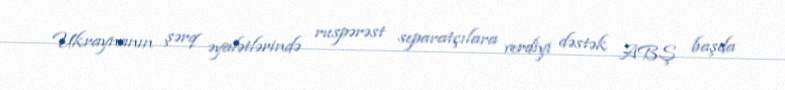
Ukraynanın şərq əyalətlərində ruspərəst separatçılara verdiyi dəstək ABŞ başda